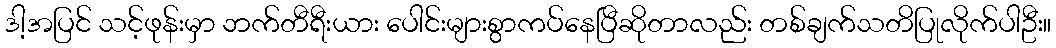
ဒါ့အပြင် သင့်ဖုန်းမှာ ဘက်တီရီးယား ပေါင်းများစွာကပ်နေပြီဆိုတာလည်း တစ်ချက်သတိပြုလိုက်ပါဦး။